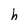
Character: h